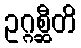
ဥဂ္ဂစ္ဆီတိ